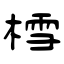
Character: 樰